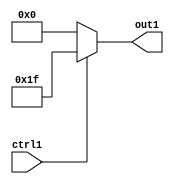
`timescale 1ps / 1ps
/*****************************************************************************
    Verilog RTL Description
    
    
    Created by: Stratus DpOpt 2019.1.01 
*******************************************************************************/

module fix2float_Muxi31i0u1_4 (
	ctrl1,
	out1
	); /* architecture "behavioural" */ 
input  ctrl1;
output [4:0] out1;
wire [4:0] asc001;

reg [4:0] asc001_tmp_0;
assign asc001 = asc001_tmp_0;
always @ (ctrl1) begin
	case (ctrl1)
		1'B1 : asc001_tmp_0 = 5'B11111 ;
		default : asc001_tmp_0 = 5'B00000 ;
	endcase
end

assign out1 = asc001;
endmodule

/* CADENCE  uLLxSg0= : u9/ySgnWtBlWxVPRXgAZ4Og= ** DO NOT EDIT THIS LINE ******/